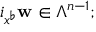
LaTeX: i _ { x ^ { \flat } } \mathbf { w } \in \Lambda ^ { n - 1 } ;